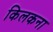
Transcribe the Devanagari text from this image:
किलकना